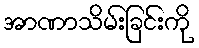
အာဏာသိမ်းခြင်းကို